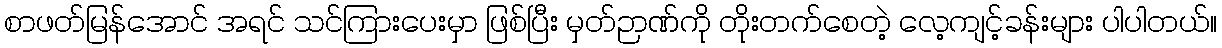
စာဖတ်မြန်အောင် အရင် သင်ကြားပေးမှာ ဖြစ်ပြီး မှတ်ဉာဏ်ကို တိုးတက်စေတဲ့ လေ့ကျင့်ခန်းများ ပါပါတယ်။